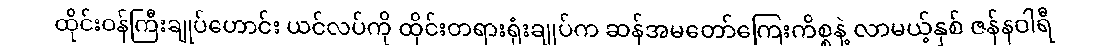
ထိုင်းဝန်ကြီးချုပ်ဟောင်း ယင်လပ်ကို ထိုင်းတရားရုံးချုပ်က ဆန်အမတော်ကြေးကိစ္စနဲ့ လာမယ့်နှစ် ဇန်နဝါရီ